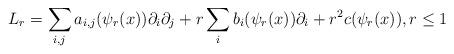
LaTeX: \begin{align*}L_r=\sum _{i,j}a_{i,j}(\psi_r(x))\partial_i \partial_j+ r\sum _{i}b_i(\psi_r(x))\partial_i+r^2c(\psi_r(x)), r\leq 1 \end{align*}